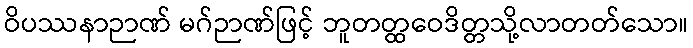
ဝိပဿနာဉာဏ် မဂ်ဉာဏ်ဖြင့် ဘူတတ္ထဝေဒိတ္တသို့လာတတ်သော။